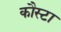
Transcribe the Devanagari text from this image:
कौस्टा